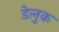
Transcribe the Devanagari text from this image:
डेलुक